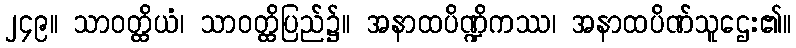
၂၄၉။ သာဝတ္ထိယံ၊ သာဝတ္ထိပြည်၌။ အနာထပိဏ္ဍိကဿ၊ အနာထပိဏ်သူဌေး၏။